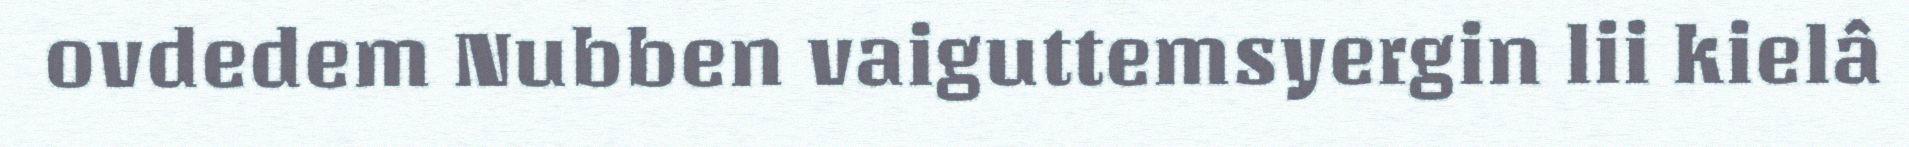
ovdedem Nubben vaiguttemsyergin lii kielâ